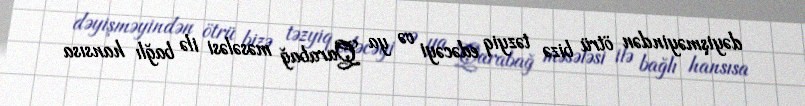
dəyişməyindən ötrü bizə təzyiq edəcəyi və ya Qarabağ məsələsi ilə bağlı hansısa